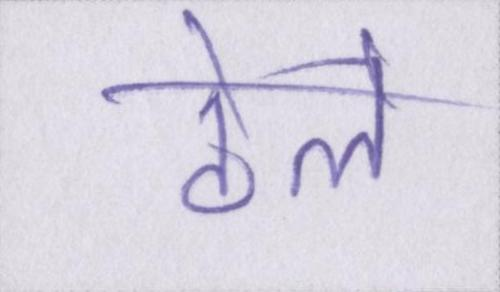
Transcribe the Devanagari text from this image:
ठेले